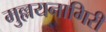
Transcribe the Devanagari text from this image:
मुल्लयनागिरी